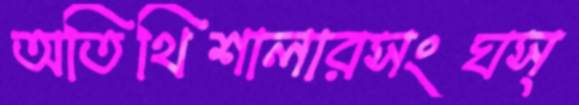
অতিথিশালারসংঘস্